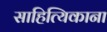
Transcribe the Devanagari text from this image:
साहित्यिकाना